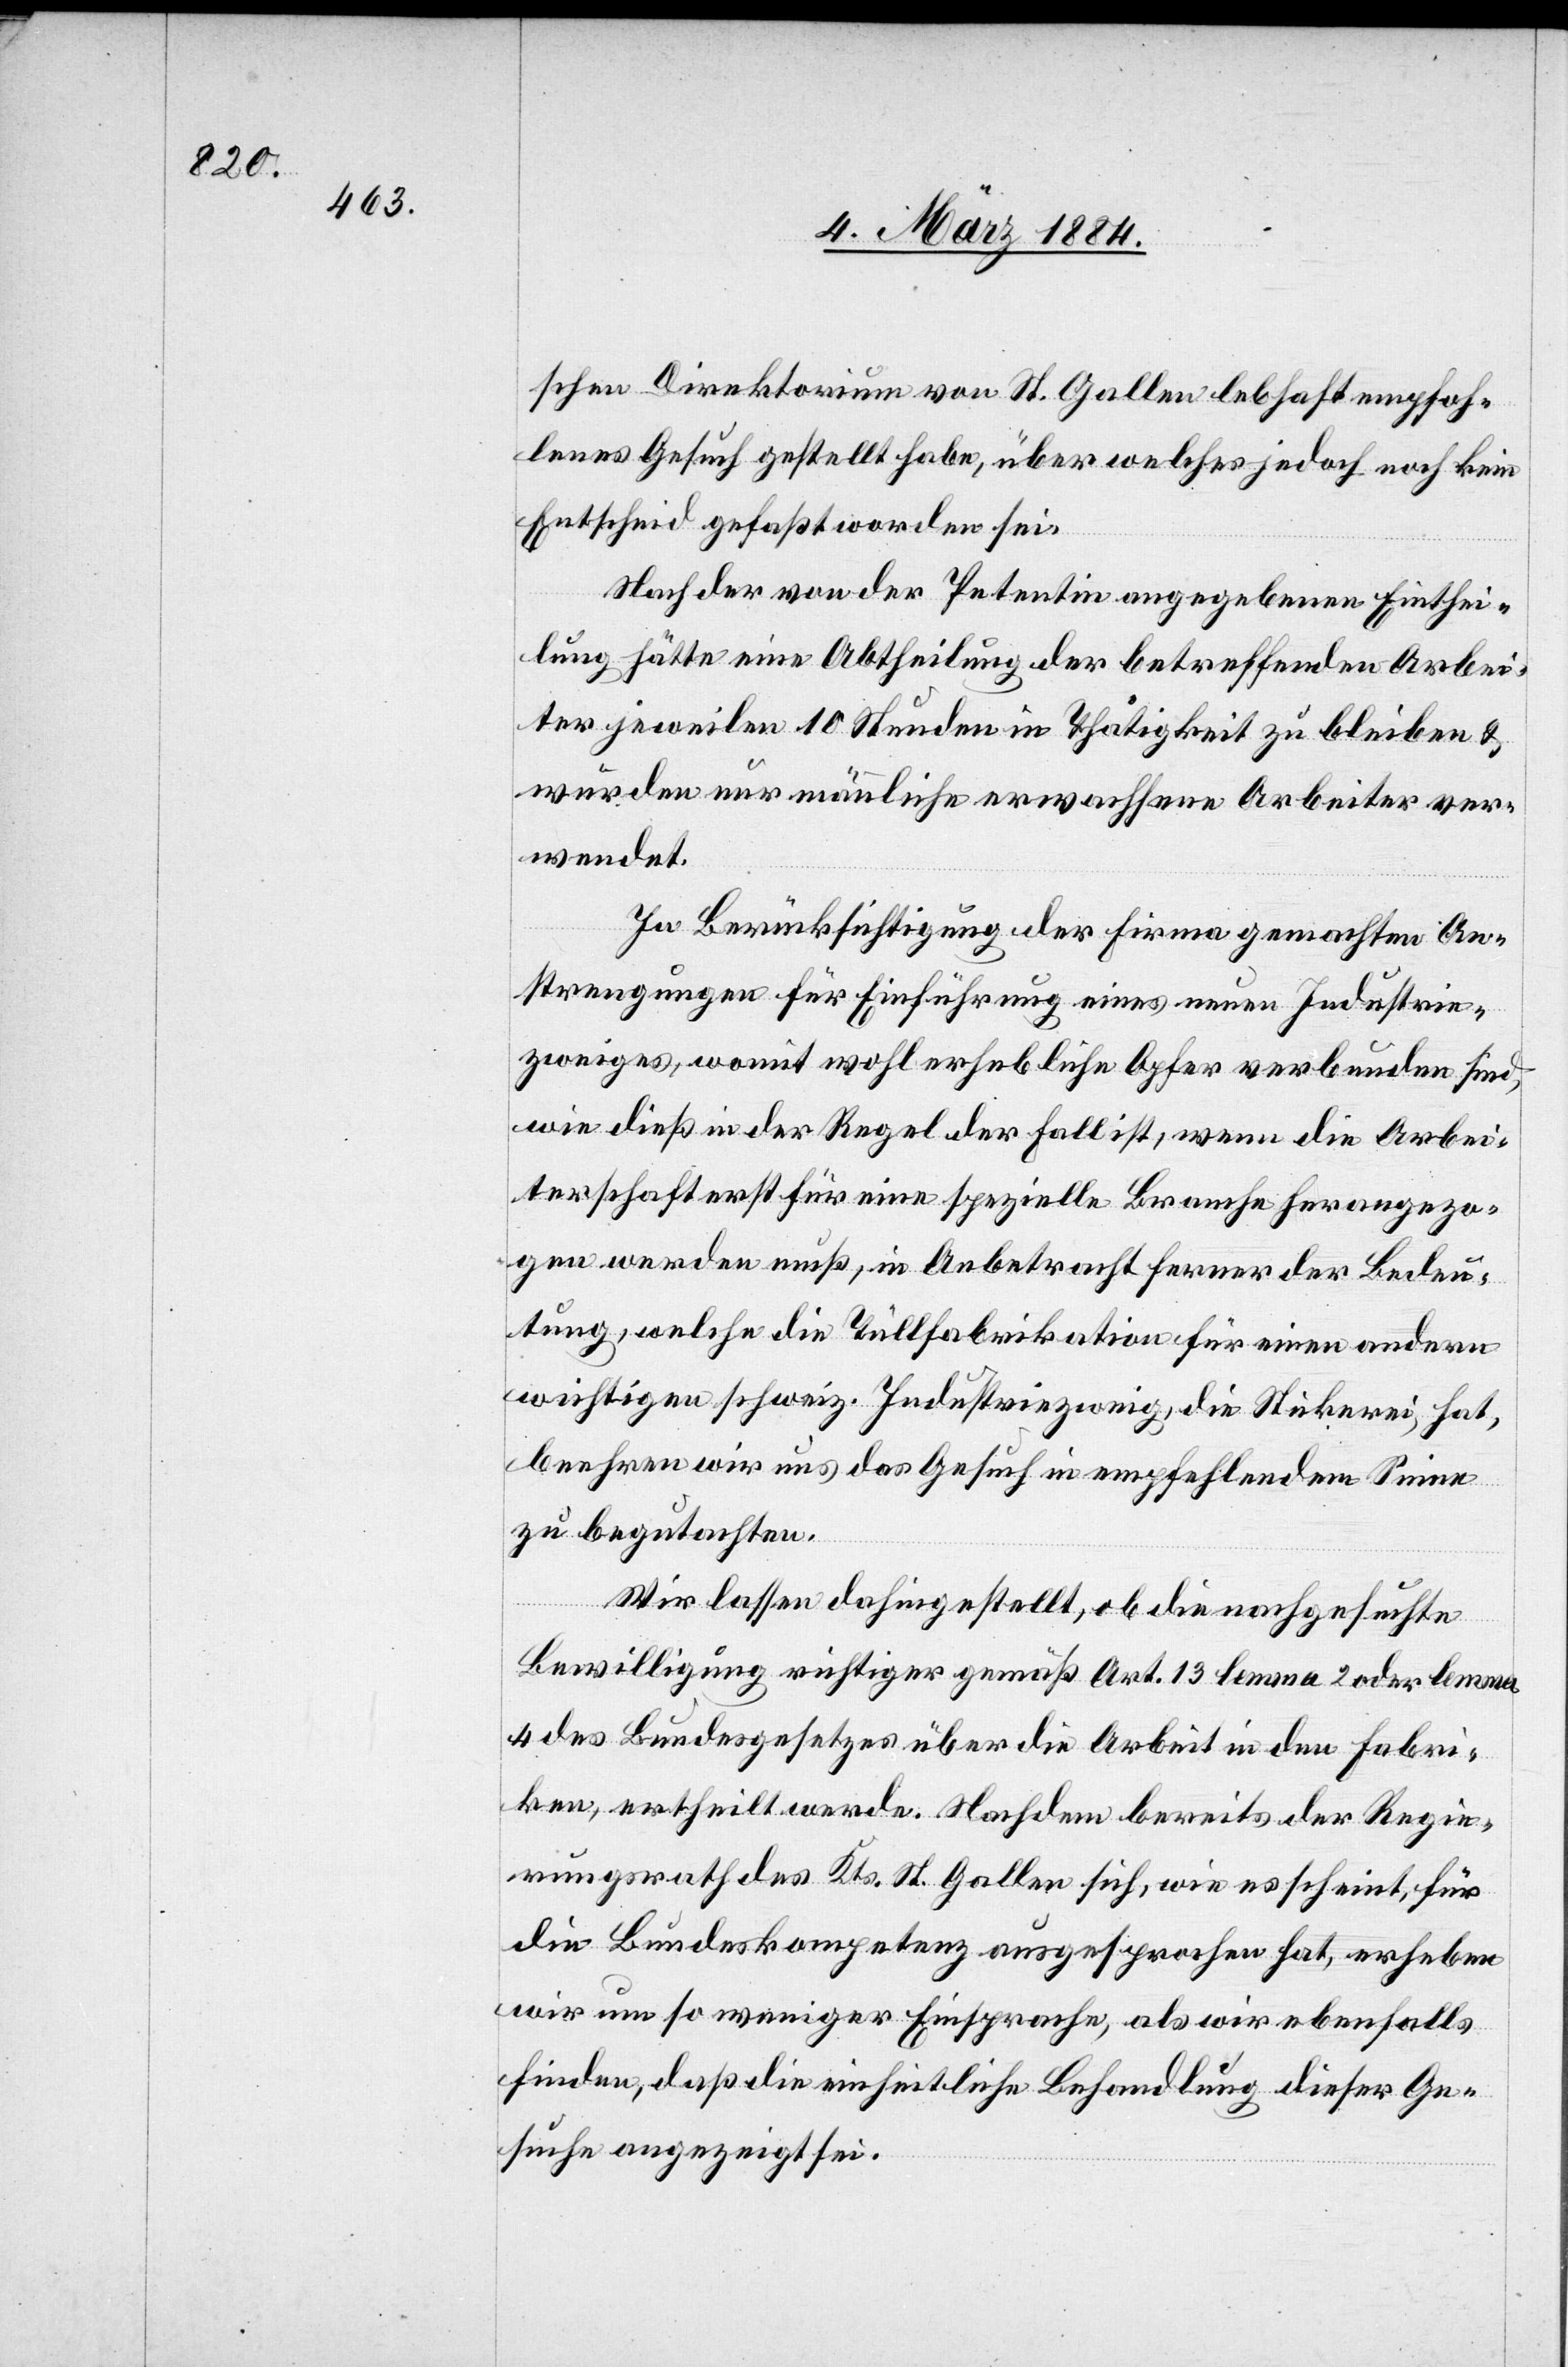
schen Direktorium von St. Gallen lebhaft empfoh¬
lenes Gesuch gestellt habe, über welches jedoch noch kein
Entscheid gefaßt worden sei.
Nach der von der Petentin angegebenen Einthei¬
lung hätte eine Abtheilung der betreffenden Arbei¬
ter jeweilen 10 Stunden in Thätigkeit zu bleiben &
würden nur männliche erwachsene Arbeiter ver¬
wendet.
In Berücksichtigung der von der Firma gemachten An¬
strengungen für Einführung eines neuen Industrie¬
zweiges, womit wohl erhebliche Opfer verbunden sind,
wie dieß in der Regel der Fall ist, wenn die Arbei¬
terschaft für eine spezielle Branche herangezo¬
gen werden muß, in Anbetracht ferner der Bedeu¬
tung, welche die Tüllfabrikation für einen andern
wichtigen schweiz. Industriezweig, die Stickerei, hat,
beehren wir uns das Gesuch in empfehlendem Sinne
zu begutachten.
Wir lassen dahingestellt, ob die nachgesuchte
Bewilligung richtiger gemäß Art. 13 lemma 2 oder lemma
4 des Bundesgesetzes über die Arbeit in den Fabri¬
ken, ertheilt werde. Nachdem bereits der Regie¬
rungsrath des Kts. St. Gallen sich, wie es scheint, für
die Bundeskompetenz ausgesprochen hat, erheben
wir um so weniger Einsprache, als wir ebenfalls
finden, daß die einheitliche Behandlung dieser Ge¬
suche angezeigt sei.